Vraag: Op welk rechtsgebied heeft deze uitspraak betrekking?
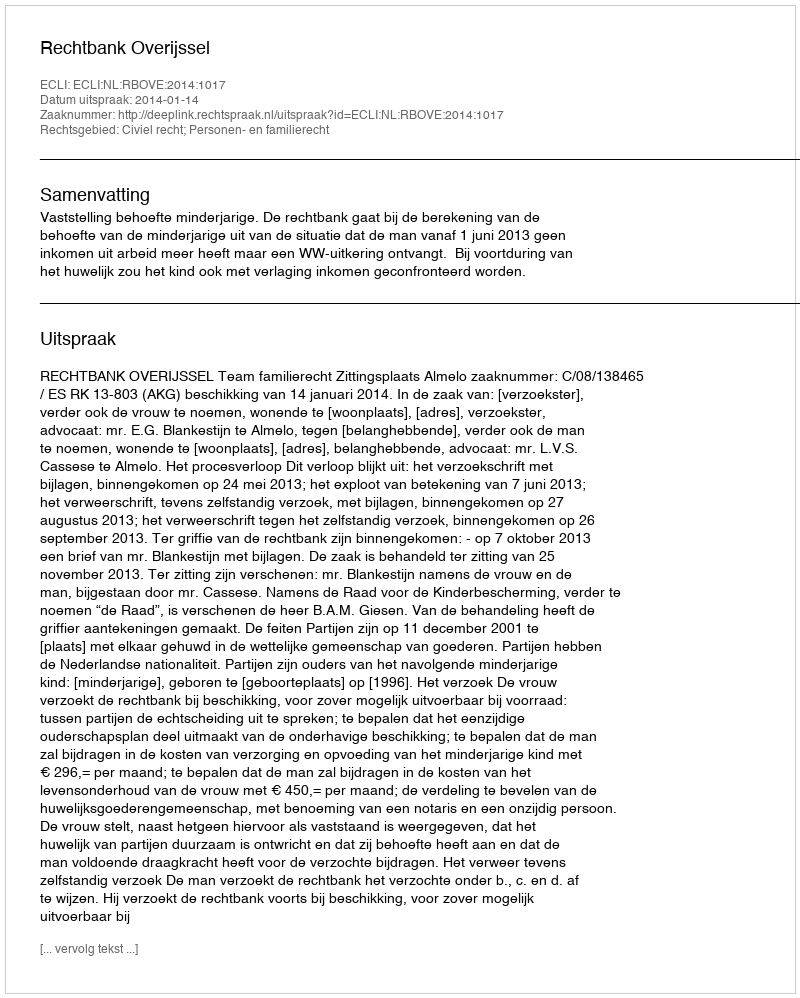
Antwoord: Civiel recht; Personen- en familierecht